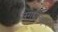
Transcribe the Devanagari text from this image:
लगद्याच्या